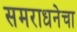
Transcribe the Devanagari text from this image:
समराधनेचा